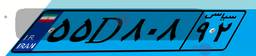
۱۸D۰۶۱۰۳